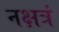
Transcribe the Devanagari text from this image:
नक्षत्रं